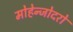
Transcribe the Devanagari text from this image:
मोहेन्जोदरो